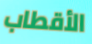
الأقطاب